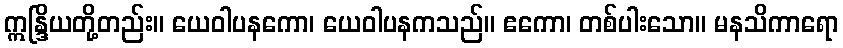
ဣန္ဒြိယတို့တည်း။ ယေဝါပနကော၊ ယေဝါပနကသည်။ ဧကော၊ တစ်ပါးသော။ မနသိကာရော